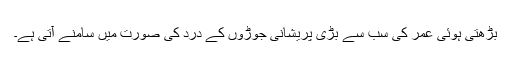
بڑھتی ہوئی عمر کی سب سے بڑی پریشانی جوڑوں کے درد کی صورت میں سامنے آتی ہے۔